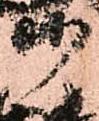
御